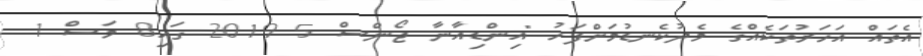
އެތައް އަހަރުތަކެއްގެ މެދުކެނޑުމަށްފަހު "އިންޑިއާނާ ޖޯންސް 5 2019 ގައި8 މަސް 1